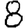
Digit: 8